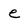
Character: e